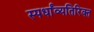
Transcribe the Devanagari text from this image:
स्पर्धांव्यतिरिक्त